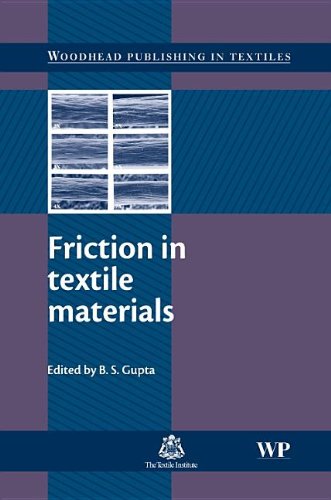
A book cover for Friction in Textile Materials (Woodhead Publishing Series in Textiles); Engineering & Transportation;